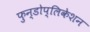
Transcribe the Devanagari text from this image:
फुन्डोप्लिकेशन